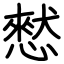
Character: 憖